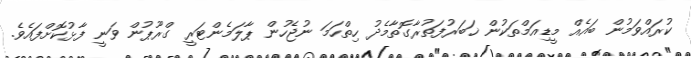
ކުރައްވަމުން ބައެއް މީޑިއަމްތަކުން ޚަބަރުފަތުރާގޮތާމެދު ހިތްހަމަ ނުޖެހުން ޕާލަމެންޓަރީ ގްރޫޕުން ވަނީ ފާޅުކޮށްފައެވެ.